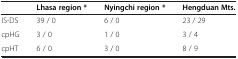
|  | Lhasa region * | Nyingchi region * | Hengduan Mts. |
 | --- | --- | --- | --- |
 | IS-DS | 39 / 0 | 6 / 0 | 23 / 29 |
 | cpHG | 3 / 0 | 1 / 0 | 3 / 4 |
 | cpHT | 6 / 0 | 3 / 0 | 8 / 9 |